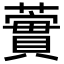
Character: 𧁐